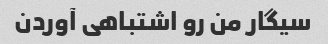
سیگار من رو اشتباهی آوردن